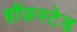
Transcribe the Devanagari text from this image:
हॉफ़स्टेड